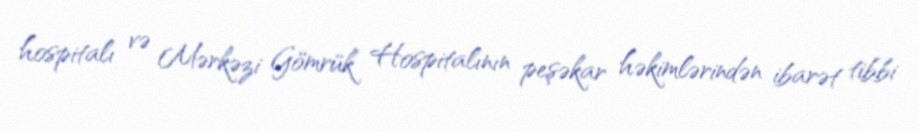
hospitalı və Mərkəzi Gömrük Hospitalının peşəkar həkimlərindən ibarət tibbi